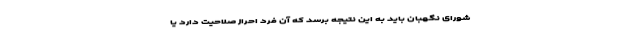
شورای نگهبان باید به این نتیجه برسد که آن فرد احراز صلاحیت دارد یا